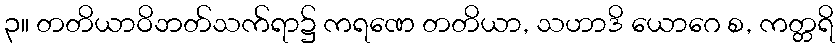
၃။ တတိယာဝိဘတ်သက်ရာ၌ ကရဏေ တတိယာ, သဟာဒိ ယောဂေ စ, ကတ္တရိ